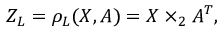
Z _ { L } = \rho _ { L } ( X , A ) = X \times _ { 2 } A ^ { T } ,